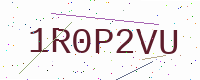
Text: 1R0P2VU